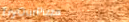
TryOurPizza